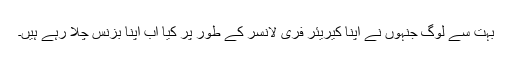
بہت سے لوگ جنہوں نے اپنا کیریئر فری لانسر کے طور پر کیا اب اپنا بزنس چلا رہے ہیں۔